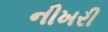
નીખરી